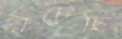
রচেছি